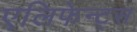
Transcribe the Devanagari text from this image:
एलिफेन्ट्स